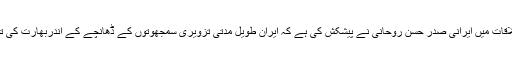
نئی دہلی میں بھارتی وزیراعظم سے ملاقات میں ایرانی صدر حسن روحانی نے پیشکش کی ہے کہ ایران طویل مُدّتی تزویری سمجھوتوں کے ڈھانچے کے اندربھارت کی توانائی ضروریات کو پُورا کرسکتا ہے۔